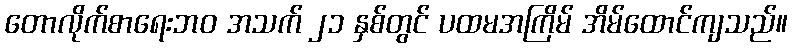
တောလိုက်စာရေးဘဝ အသက် ၂၁ နှစ်တွင် ပထမအကြိမ် အိမ်ထောင်ကျသည်။